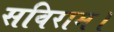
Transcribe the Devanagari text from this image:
सविराम।